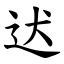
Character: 迖